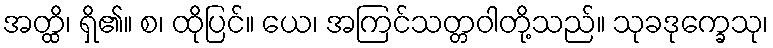
အတ္ထိ၊ ရှိ၏။ စ၊ ထိုပြင်။ ယေ၊ အကြင်သတ္တဝါတို့သည်။ သုခဒုက္ခေသု၊